Report of the Municipal Commissioner on the plague in Bombay for the year ending 31st May... - Volume 2
Disease focus: Plague
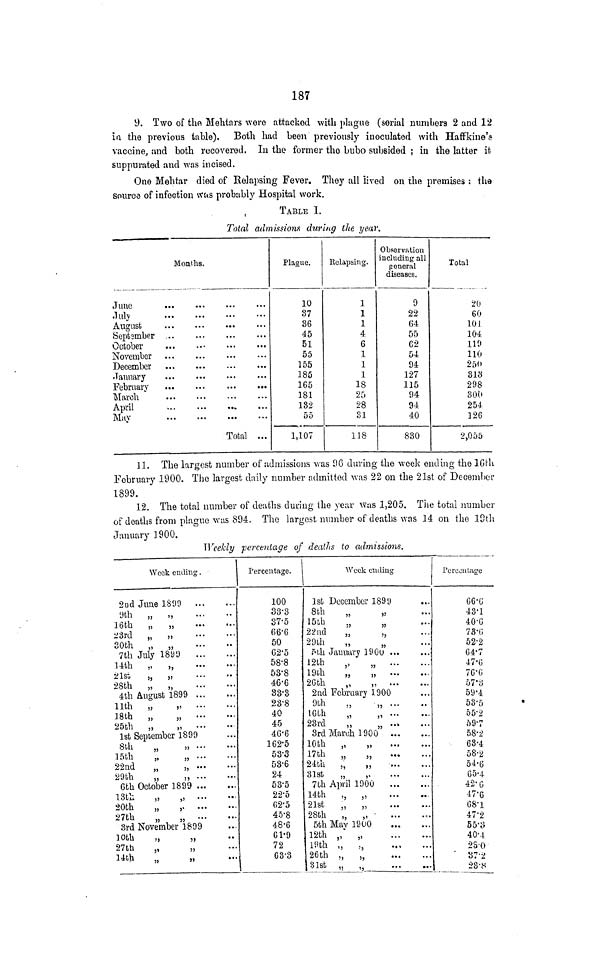
187
9. Two of the Mehtars were attacked with plague (serial numbers 2 and 12
In the previous table). Both had been previously inoculated with Haffkine's
vaccine, and both recovered. In the former the bubo subsided ; in the latter it
suppurated and was incised.
One Mehtar died of Relapsing Fever. They all lived on the premises : the
source of infection svus probably Hospital work.
TABLE I.
Total admissions during the year.
June
July
August
September
October
November
December
January
February
March
April
May
Months.
Total
Plague.
10
37
36
45
51
55
155
185
165
181
132
55
1,107
Relapsing.
1
1
1
4
6
1
1
1
18
25
28
31
118
Observation
including all
general
diseases.
9
22
64
55
62
54
94
127
115
94
94
40
830
Total
20
60
101
104
119
110
250
318
298
300
254
126
2,055
11. The largest number of admissions was 96 during the week ending the 16th
February 1900. The largest daily number admitted was 22 on the 21st of December
1899.
12. The total number of deaths during the year was 1,205. The total number
of deaths from plague was 894. The largest number of deaths was 14 on the 10th
January 1900.
Weekly percentage of deaths to admissions.
Week ending .
2nd June 1899
9th „ „
16th
„
„
2 3rd „
,,
30th
„ „
7th July 1899
14th „
„
21St
„
28th
„ } ,
4th August 1899
11th „
18th
„
„
25th „
,
. . .
...
, . ,
...
. . .
...
...
...
. . .
...
...
1st September 1899
8th
„
15th
„
„
22nd
„
„
29th
„
,,
...
6th October 1899 ...
13th
,,
20th
27th
„
„
.. .
...
. .
3rd November 1899
10th
„
27th
„
14th
5)
3)
}1
..
...
...
..
...
..
...
...
...
...
..
...
...
...
...
...
...
...
...
...
..
...
...
Percentage.
100
33·3
37·5
66·6
50
62·5
58·8
53·8
46·6
33·3
23·8
40
45
46·6
162·5
53·3
53·6
24
53·5
22·5
62·5
45·8
48·6
61·9
72
63'·3
Week ending
1st December 1899
8th
15th
„
22nd
„
29th
„
5th January 1900
12th
,,
19th
„
„
26th
...
...
...
...
2nd February 1900
9th
„
„
1 6th
23rd
3rd March 1900
10th
„
17th
„
„
24th „
„
31st
„
,,
7th April 1900
14th
„ „
21st
„ „
28th
„ ,,
5th May 1900
12th „ „
19th „ „
26th „ „
31st „ „
...
...
...
...
...
...
...
...
...
...
...
...
...
...
...
0..
...
...
. . .
...
...
...
..
...
...
...
...
...
...
...
• •
...
...
...
.. .
Percentage
""*
66·6
43·1
40·6
73·6
52·2
64·7
47·6
76-6
57·3
59·4
53·5
55·2
59·7
58·2
63·4
58·2
54·6
65·4
42·6
47·6
68·1
47·2
55·2
40·4
25·0
37·2
23·8